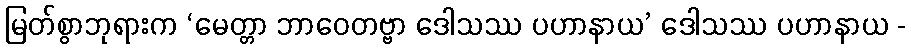
မြတ်စွာဘုရားက ‘မေတ္တာ ဘာဝေတဗ္ဗာ ဒေါသဿ ပဟာနာယ’ ဒေါသဿ ပဟာနာယ -